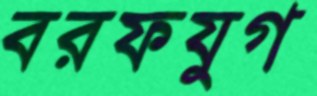
বরফযুগ